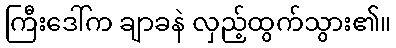
ကြီးဒေါ်က ချာခနဲ လှည့်ထွက်သွား၏။